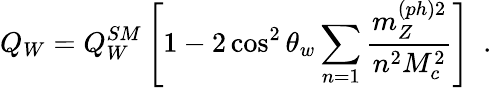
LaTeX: Q_{W}=Q_{W}^{SM}\left[1-2\cos^{2}\theta_{w}\sum_{n=1}\frac{m_{Z}^{(ph)2}}{n^{2}M_{c}^{2}}\right]\, \, \, .